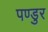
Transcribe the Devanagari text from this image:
पण्डुर